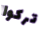
تركوا